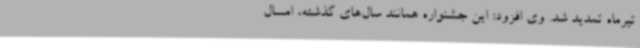
تیرماه تمدید شد. وی افزود: این جشنواره همانند سال‌های گذشته، امسال